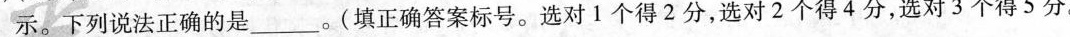
示。下列说法正确的是_____。(填正确答案标号。选对1个得2分，选对2个得4分，选对3个得5分。